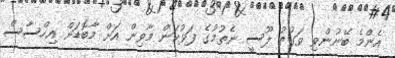
އެންމެ ބޭނުންވި ވަގުތު ލޫސީ ނެތުމުގެ ފަޅުކަން މާވިން އަށް މާބޮޑަށް އިހްސާސް